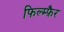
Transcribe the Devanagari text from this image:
फिल्म्फ़ैर